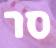
סר